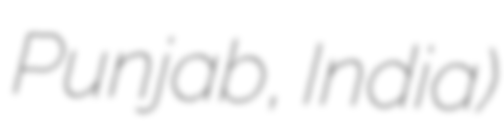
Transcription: Punjab, India)